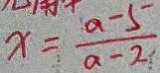
x = \frac { a - 5 } { a - 2 }